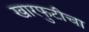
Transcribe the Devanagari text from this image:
खारफुटीचा